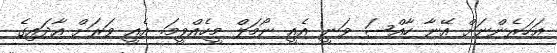
އަހަރެންނަށް އޭނާ ހާއްސަ ވަނީ އެއީ ނޯމަލް މީހެއްވީމަ. އެއީ ވަރަށް އާދައިގެ